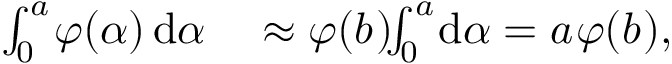
\begin{array} { r l } { \int _ { 0 } ^ { a _ { } } \! \! \, \boldsymbol { \varphi } ( \alpha { } ) \, \mathrm { d } \alpha { } } & { { } \approx \boldsymbol { \varphi } ( b _ { } ) \! \! \int _ { 0 } ^ { a _ { } } \! \mathrm { d } \alpha { } = a _ { } \boldsymbol { \varphi } ( b _ { } ) , } \end{array}